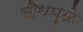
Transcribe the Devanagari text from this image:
चौथमुळे